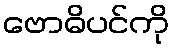
ဗောဓိပင်ကို